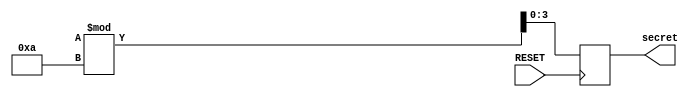
module random(RESET,secret);
    input RESET;
    output wire [3:0] secret;

    reg [3:0] secret_reg;

    assign secret = secret_reg;

    always @(posedge RESET) begin
        if (RESET) begin
            secret_reg <= $urandom % 10;
        end
    end


endmodule